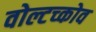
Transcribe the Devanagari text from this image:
वोल्टच्कोव